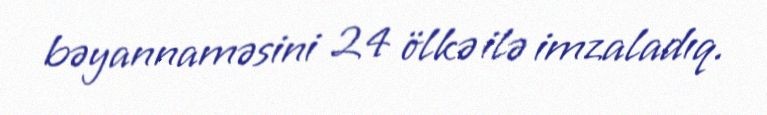
bəyannaməsini 24 ölkə ilə imzaladıq.